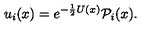
u _ { i } ( x ) = e ^ { - { \frac { 1 } { 2 } } U ( x ) } { \cal P } _ { i } ( x ) .